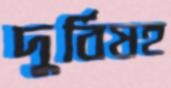
দুর্বিষহ